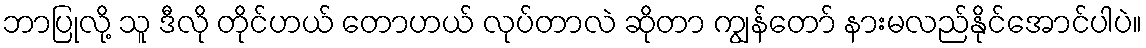
ဘာပြုလို့ သူ ဒီလို တိုင်ဟယ် တောဟယ် လုပ်တာလဲ ဆိုတာ ကျွန်တော် နားမလည်နိုင်အောင်ပါပဲ။